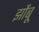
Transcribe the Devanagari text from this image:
झोंंबू